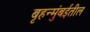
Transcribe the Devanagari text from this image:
बृहन्मुंबईतील